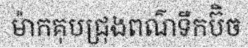
ម៉ាកគុបជ្រុងពណ៌ទឹកប៊ិច